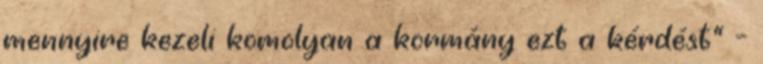
mennyire kezeli komolyan a kormány ezt a kérdést” –